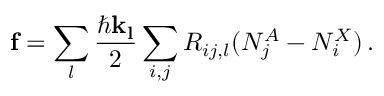
\mathbf { f } = \sum _ { l } \frac { \hbar \mathbf { k _ { l } } } { 2 } \sum _ { i , j } R _ { i j , l } ( N _ { j } ^ { A } - N _ { i } ^ { X } ) \, .